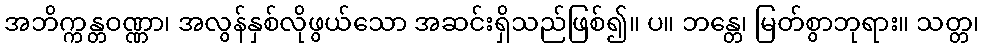
အဘိက္ကန္တဝဏ္ဏာ၊ အလွန်နှစ်လိုဖွယ်သော အဆင်းရှိသည်ဖြစ်၍။ ပ။ ဘန္တေ၊ မြတ်စွာဘုရား။ သတ္တ၊